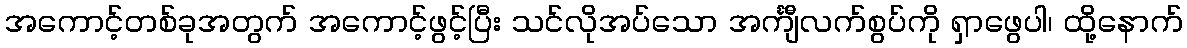
အကောင့်တစ်ခုအတွက် အကောင့်ဖွင့်ပြီး သင်လိုအပ်သော အင်္ကျီလက်စွပ်ကို ရှာဖွေပါ၊ ထို့နောက်